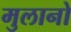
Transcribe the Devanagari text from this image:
मुलानो